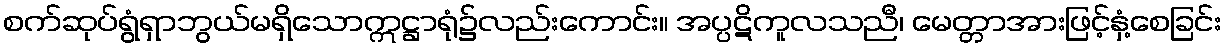
စက်ဆုပ်ရွံရှာဘွယ်မရှိသောဣဋ္ဌာရုံ၌လည်းကောင်း။ အပ္ပဋိကူလသညီ၊ မေတ္တာအားဖြင့်နှံ့စေခြင်း